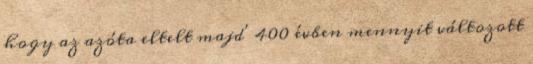
hogy az azóta eltelt majd' 400 évben mennyit változott